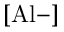
[ \mathrm { A l - } ]